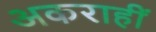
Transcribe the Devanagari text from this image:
अकराहीं